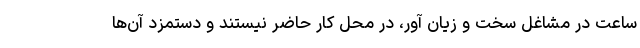
ساعت در مشاغل سخت و زیان آور، در محل کار حاضر نیستند و دستمزد آن‌ها